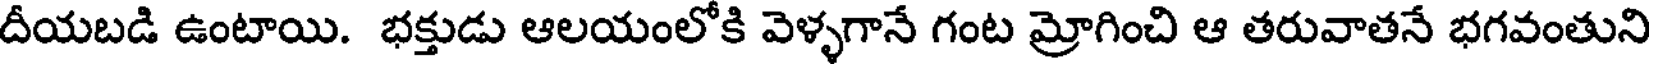
దీయబడి ఉంటాయి. భక్తుడు ఆలయంలోకి వెళ్ళగానే గంట మ్రోగించి ఆ తరువాతనే భగవంతుని